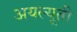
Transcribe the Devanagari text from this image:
अयल्यूती